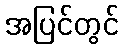
အပြင်တွင်